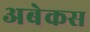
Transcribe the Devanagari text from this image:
अबेकस